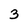
Character: 3